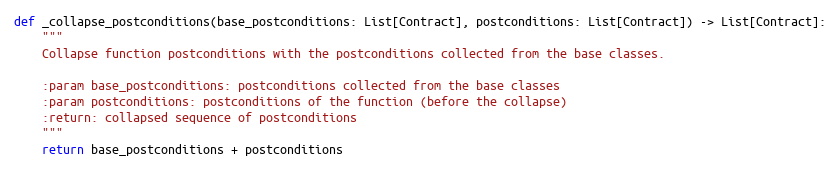
Language: Python
def _collapse_postconditions(base_postconditions: List[Contract], postconditions: List[Contract]) -> List[Contract]:
    """
    Collapse function postconditions with the postconditions collected from the base classes.

    :param base_postconditions: postconditions collected from the base classes
    :param postconditions: postconditions of the function (before the collapse)
    :return: collapsed sequence of postconditions
    """
    return base_postconditions + postconditions